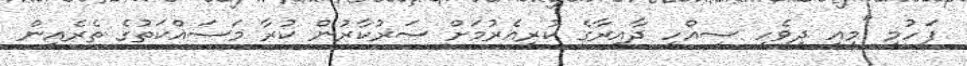
ފަހުމީ "މިއީ ދިވެހި ސިއްހީ ދާއިރާގެ ކުރިއެރުމަށް ސަރުކާރުން ކުރާ މަސައްކަތުގެ ތެރެއިން